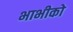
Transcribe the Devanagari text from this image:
भाभीको